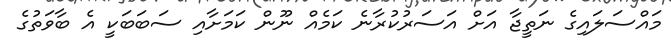
މައްސަލައިގެ ނަތީޖާ އަށް އަސަރުކުރާނެ ކަމެއް ނޫން ކަމަށާއި ސަބަބަކީ އެ ބާވަތުގެ